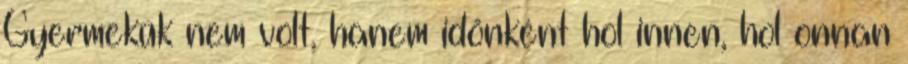
Gyermekük nem volt, hanem időnként hol innen, hol onnan